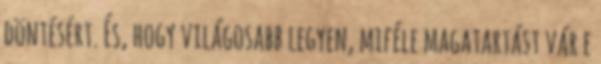
döntésért. És, hogy világosabb legyen, miféle magatartást vár e